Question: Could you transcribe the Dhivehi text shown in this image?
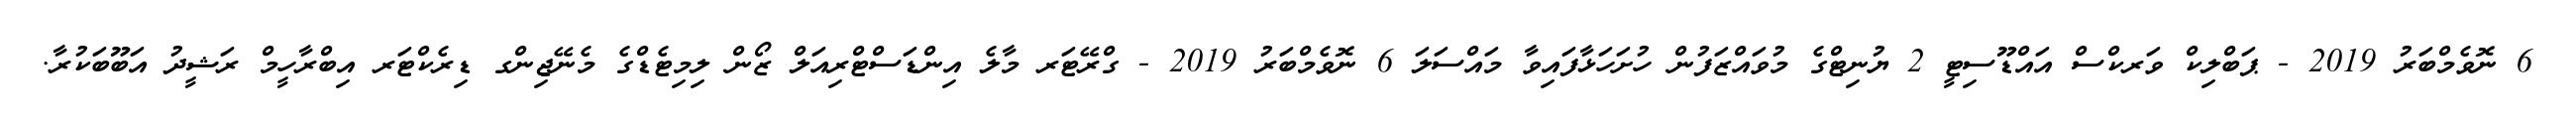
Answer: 6 ނޮވެމްބަރު 2019 - ޕަބްލިކް ވަރކްސް އައްޑޫސިޓީ 2 ޔުނިޓްގެ މުވައްޒަފުން ހުށަހަޅާފައިވާ މައްސަލަ 6 ނޮވެމްބަރު 2019 - ގްރޭޓަރ މާލެ އިންޑަސްޓްރިއަލް ޒޯން ލިމިޓެޑްގެ މެނޭޖިންގ ޑިރެކްޓަރ އިބްރާހީމް ރަޝީދު އަބޫބަކުރާ.